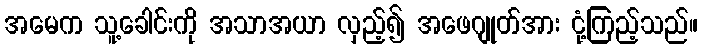
အမေက သူ့ခေါင်းကို အသာအယာ လှည့်၍ အဖေဂျုတ်အား ငုံ့ကြည့်သည်။